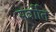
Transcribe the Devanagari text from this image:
सर्वाति